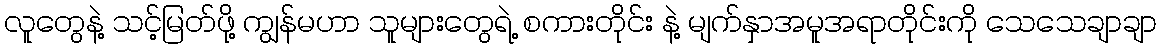
လူတွေနဲ့ သင့်မြတ်ဖို့ ကျွန်မဟာ သူများတွေရဲ့ စကားတိုင်း နဲ့ မျက်နှာအမူအရာတိုင်းကို သေသေချာချာ